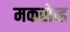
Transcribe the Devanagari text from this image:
मकरोव्ह